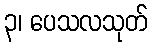
၃၊ ပေသလသုတ်